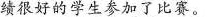
绩很好的学生参加了比赛。